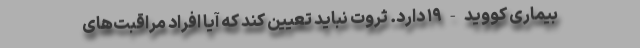
بیماری کووید-۱۹ دارد. ثروت نباید تعیین کند که آیا افراد مراقبت‌های